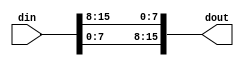
module mov16t16(
					input [15 : 0] din,
					output  [15 : 0] dout
					);
	assign dout[15 : 8] = din[7 : 0];
	assign dout[7 : 0] = din[15 : 8];
	
					
	endmodule